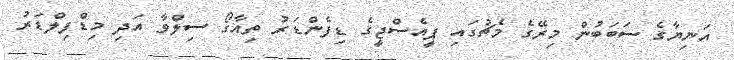
އަނިޔާގެ ސަބަބުން މިރޭގެ މެޗުގައި ޕީއެސްޖީގެ ޑިފެންޑަރު ތިއާގޯ ސިލްވާ އަދި މިޑްފިލްޑަރު